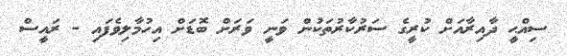
ސިއްޙީ ދާއިރާއަށް ކުރީގެ ސަރުކާރުތަކުން ވަނީ ވަރަށް ބޮޑަށް އިހުމާލިވެފައި - ރައީސް